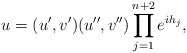
\begin{align*}u=(u',v')(u'',v'')\prod_{j=1}^{n+2}e^{ih_j},\end{align*}